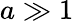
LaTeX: a\gg 1